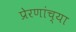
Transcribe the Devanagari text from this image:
प्रेरणांच्या